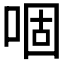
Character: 𠴱